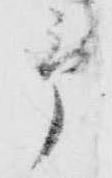
予